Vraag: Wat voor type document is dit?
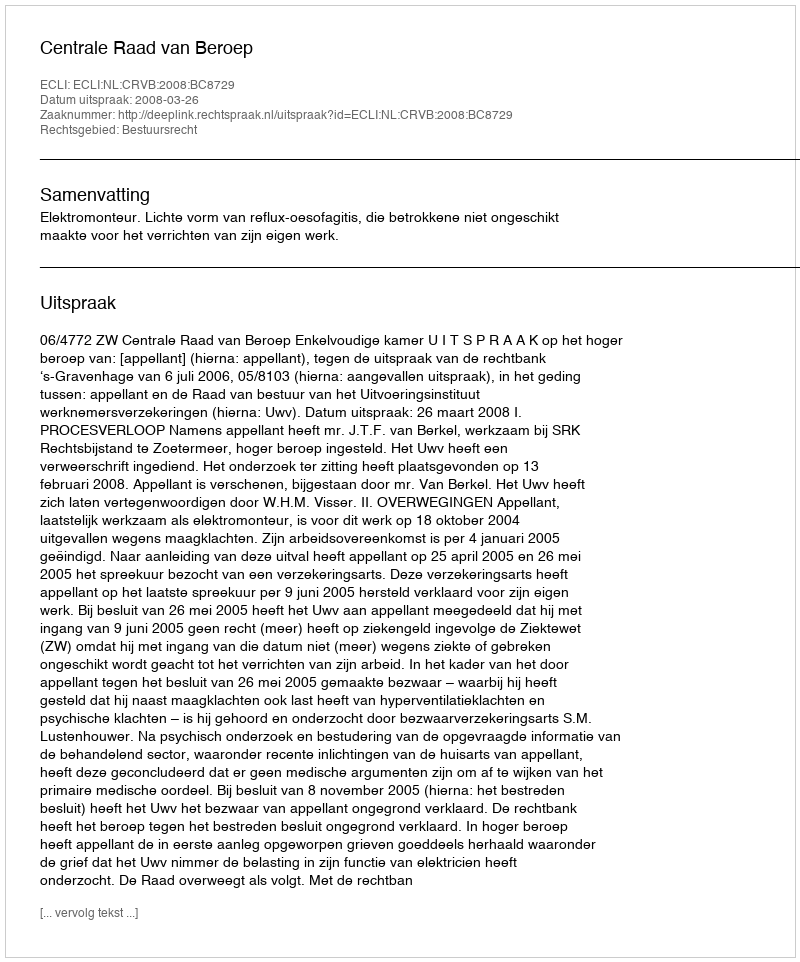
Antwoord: Uitspraak